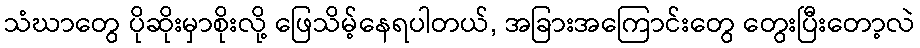
သံဃာတွေ ပိုဆိုးမှာစိုးလို့ ဖြေသိမ့်နေရပါတယ်, အခြားအကြောင်းတွေ တွေးပြီးတော့လဲ